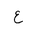
Letter: _ayn